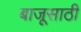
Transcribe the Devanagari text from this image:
बाजूसाठी